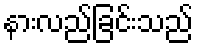
နားလည်ခြင်းသည်